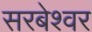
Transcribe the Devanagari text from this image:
सरबेश्‍वर